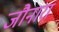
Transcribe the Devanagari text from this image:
जौनारा